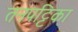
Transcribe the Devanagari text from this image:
तनपट्टिका